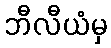
ဘီလီယံမှ